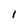
Character: 1